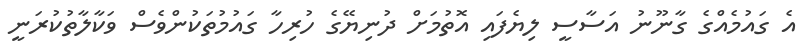
އެ ގައުމެއްގެ ގާނޫނު އަސާސީ ލިޔެފައި އޮތުމަށް ދުނިޔޭގެ ހުރިހާ ގައުމުތަކުންވެސް ވަކާލާތުކުރަނީ